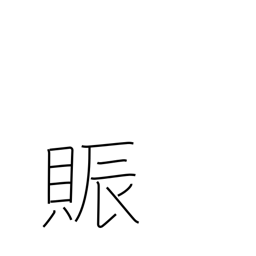
Meaning: flourish